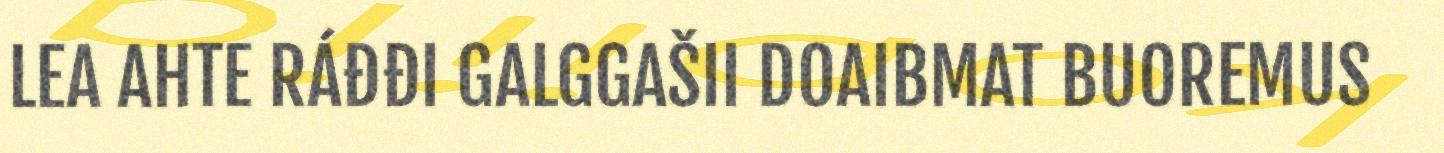
LEA AHTE RÁĐĐI GALGGAŠII DOAIBMAT BUOREMUS